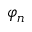
\varphi _ { n }